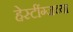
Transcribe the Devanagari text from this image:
हेस्टींग्जच्या